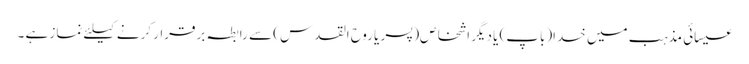
عیسائی مذہب میں خدا(باپ) یا دیگر اشخاص(پسر یا روح القدس) سے رابطہ برقرار کرنے کیلئے نماز ہے ۔